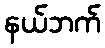
နယ်ဘက်